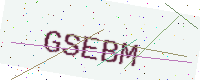
Text: GSEBM